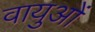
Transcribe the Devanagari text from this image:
वायुओं